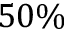
5 0 \%